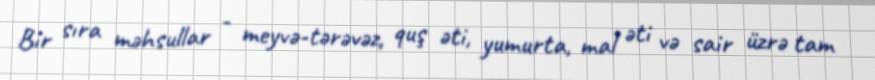
Bir sıra məhsullar - meyvə-tərəvəz, quş əti, yumurta, mal əti və sair üzrə tam